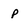
Character: p